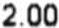
2.00